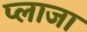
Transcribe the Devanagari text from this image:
प्‍लाजा